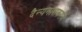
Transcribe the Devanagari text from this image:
दैन्यनाशकराय